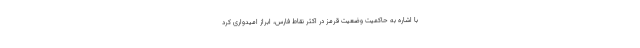
با اشاره به حاکمیت وضعیت قرمز در اکثر نقاط فارس، ابراز امیدواری کرد